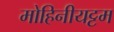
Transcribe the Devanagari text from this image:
मोहिनीयट्टम